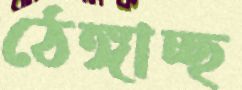
ঠেঙ্গাচ্ছ